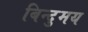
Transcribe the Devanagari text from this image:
बिन्दुमय